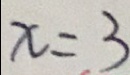
x = 3